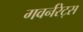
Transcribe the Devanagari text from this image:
गवर्नरेट्स